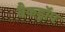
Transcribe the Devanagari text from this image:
बैकड्राॅप